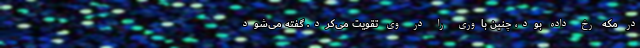
در مکه رخ داده بود، چنین باوری را در وی تقویت می‌کرد. گفته می‌شود